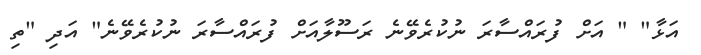
އަޅާ" " އަށް ފުރައްސާރަ ނުކުރެވޭނެ ރަސޫލާއަށް ފުރައްސާރަ ނުކުރެވޭނެ" އަދި "ތި